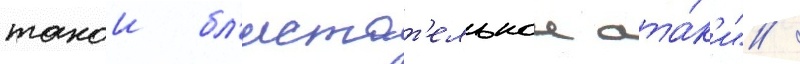
такои бл'истат'ельнои ата́к'и" /